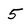
Character: 5